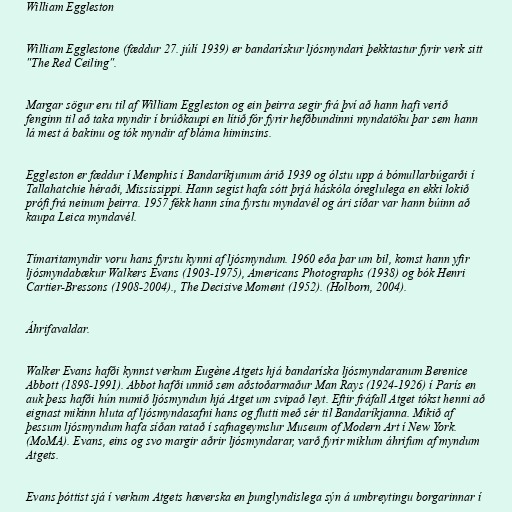
William Eggleston

William Egglestone (fæddur 27. júlí 1939) er bandarískur ljósmyndari þekktastur fyrir verk sitt
"The Red Ceiling".

Margar sögur eru til af William Eggleston og ein þeirra segir frá því að hann hafi verið
fenginn til að taka myndir í brúðkaupi en lítið fór fyrir hefðbundinni myndatöku þar sem hann
lá mest á bakinu og tók myndir af bláma himinsins.

Eggleston er fæddur í Memphis í Bandaríkjunum árið 1939 og ólstu upp á bómullarbúgarði í
Tallahatchie héraði, Mississippi. Hann segist hafa sótt þrjá háskóla óreglulega en ekki lokið
prófi frá neinum þeirra. 1957 fékk hann sína fyrstu myndavél og ári síðar var hann búinn að
kaupa Leica myndavél.

Tímaritamyndir voru hans fyrstu kynni af ljósmyndum. 1960 eða þar um bil, komst hann yfir
ljósmyndabækur Walkers Evans (1903-1975), Americans Photographs (1938) og bók Henri
Cartier-Bressons (1908-2004)., The Decisive Moment (1952). (Holborn, 2004).

Áhrifavaldar.

Walker Evans hafði kynnst verkum Eugène Atgets hjá bandaríska ljósmyndaranum Berenice
Abbott (1898-1991). Abbot hafði unnið sem aðstoðarmaður Man Rays (1924-1926) í París en
auk þess hafði hún numið ljósmyndun hjá Atget um svipað leyt. Eftir fráfall Atget tókst henni að
eignast mikinn hluta af ljósmyndasafni hans og flutti með sér til Bandaríkjanna. Mikið af
þessum ljósmyndum hafa síðan ratað í safnageymslur Museum of Modern Art í New York.
(MoMA). Evans, eins og svo margir aðrir ljósmyndarar, varð fyrir miklum áhrifum af myndum
Atgets.

Evans þóttist sjá í verkum Atgets hæverska en þunglyndislega sýn á umbreytingu borgarinnar í